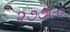
૨૭૭૯૦